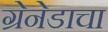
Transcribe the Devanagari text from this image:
ग्रेनेडाचा